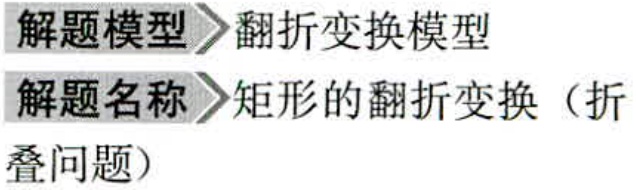
解题模型&翻折变换模型\\
解题名称&矩形的翻折变换（折\\
叠问题）